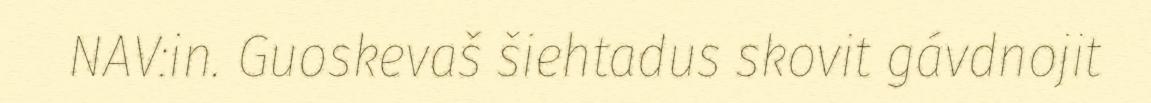
NAV:in. Guoskevaš šiehtadus skovit gávdnojit